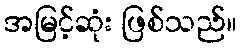
အမြင့်ဆုံး ဖြစ်သည်။